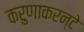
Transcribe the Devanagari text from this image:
करुणाकरन्टे